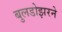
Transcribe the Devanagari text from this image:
बुलडोझरने